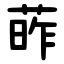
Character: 葃